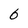
Character: 6